Annual report of the Civil Veterinary Department, Bengal, for the year 1897-98 - 1897-1898
Year: 1897
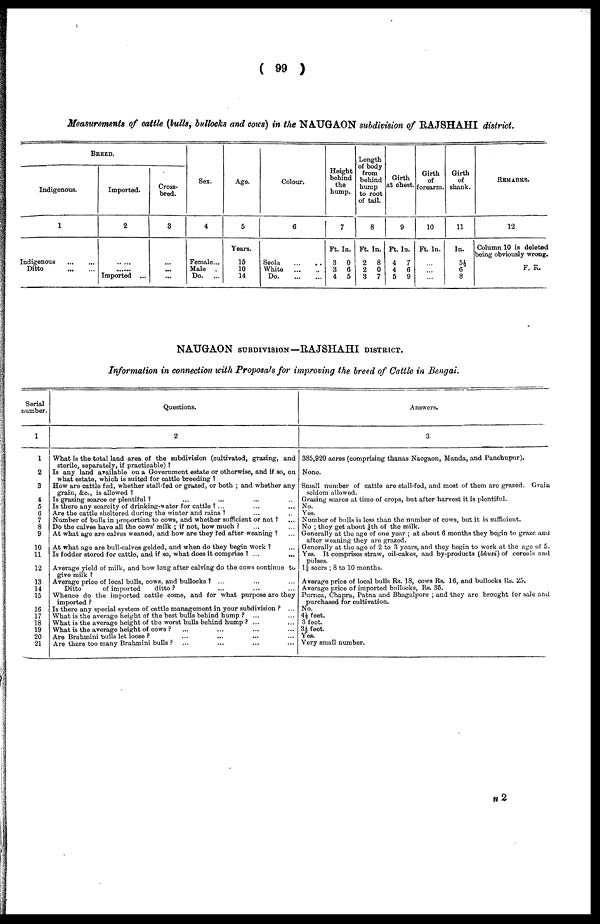
(99)
Measurements of cattle (bulls, bullocks and cows) in the NAUGAON subdivision of RAJSHAHI district.
BREED.
Indigenous.
1
Indigenous
...
...
Ditto
...
...
Imported.
2
......
......
Imported ...
Cross-
bred.
3
...
...
...
Sex.
4
Female...
Male ...
Do.
...
Age.
5
Years.
15
10
14
Colour.
6
Seola
...
...
White
...
...
Do.
...
...
Height
behind
the
hump.
7
Ft. Ia.
3
0
3
6
4
5
Length
of body
from
behind
hump
to root
of tail.
8
Ft. In.
2
8
2
0
3
7
Girth
at chest.
9
Ft. In.
4
7
4
6
5
9
Girth
of
forearm.
10
Ft. In.
...
...
...
Girth
of
shank.
11
In.
5½
6
8
Remarks.
12
Column 10 is deleted
being obviously wrong.
F. R.
NAUGAON SUBDIVISION—RAJSHAHI DISTRICT.
Information in connection with Proposals for improving the breed of Cattle in Bengai.
Serial
number.
1
1
2
3
4
5
6
7
8
9
10
11
12
13
14
15
16
17
18
19
20
21
Questions.
2
What is the total land area of the subdivision (cultivated, grazing, and
sterile, separately, if practicable) ?
Is any land available on a Government estate or otherwise, and if so, on
what estate, which is suited for cattle breeding?
How are cattle fed, whether stall-fed or grazed, or both; and whether any
grain, &c., is allowed?
Is grazing soarce or plentiful? ... ... ... ...
Is there any scarcity of drinking-water for cattle? ... ... ...
Are the cattle sheltered during the winter and rains? ... ...
Number of bulls in proportion to cows, and whether sufficient or not? ...
Do the calves have all the cows' milk; if not, how much? ... ...
At what age are calves weaned, and how are they fed after weaning? ...
At what age are bull-calves gelded, and when do they begin work? ...
Is fodder stored for cattle, and if so, what does it comprise? ... ...
Average yield of milk, and how long after calving do the cows continue to
give milk?
Average price of local bulls, cows, and bullocks? ... ... ...
Ditto
of imported
ditto? ... ... ...
Whence do the imported cattle come, and for what purpose are they
imported?
Is there any special system of cattle management in your subdivision? ...
What is the average height of the best bulls behind hump? ... ...
What is the average height of the worst bulls behind hump? ... ...
What is the average height of cows? ... ... ... ...
Are Brahmini bulls let loose? ... ... ... ...
Are there too many Brahmini bulls? ... ... ... ...
Answers.
3
385,920 acres (comprising thanas Naogaon, Manda, and Panchupur).
None.
Small number of cattle are stall-fed, and most of them are grazed. Grain
seldom allowed.
Grazing scarce at time of crops, but after harvest it is plentiful.
No.
Yes.
Number of bulls is less than the number of cows, but it is sufficient.
No; they get about 1/6th of the milk.
Generally at the age of one year; at about 6 months they begin to graze and
after weaning they are grazed.
Generally at the age of 2 to 3 years, and they begin to work at the age of 5.
Yes. It comprises straw, oil-cakes, and by-products (bhusi) of cereals and pulses.
1½ seers; 8 to 10 months.
Average price of local bulls Rs. 18, cows Rs. 16, and bullocks Rs. 25.
Average price of imported bullocks, Rs. 35.
Purnea, Chapra, Patna and Bhagalpore; and they are brought for sale and
purchased for cultivation.
No.
4½ feet.
3 feet.
3½ feet.
Yes.
Very small number.
n 2